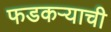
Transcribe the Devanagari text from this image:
फडकऱ्याची